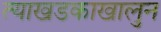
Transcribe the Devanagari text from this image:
त्याखडकाखालुन